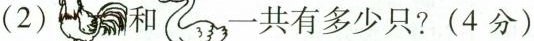
（2） 和 共有多少只？(4分)